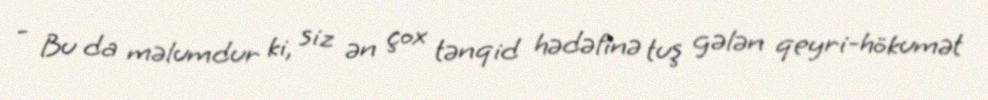
- Bu da məlumdur ki, siz ən çox tənqid hədəfinə tuş gələn qeyri-hökumət